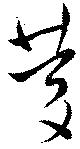
慶